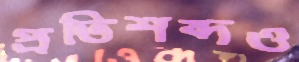
প্রতিশব্দও